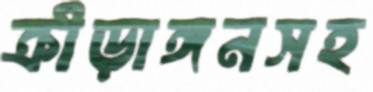
ক্রীড়াঙ্গনসহ